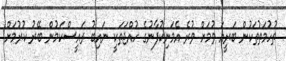
ތުހުމަތުތަކުން ބަރީއަ ވުމަށް ވުރެ އެމަނިކުފާނުގެ ހުއްޖަތަކީ ނައިބު ރައީސްކަމުން ބޭރު ކުރުމަށް